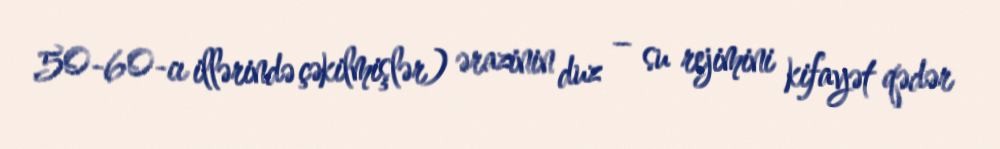
50-60-cı illərində çəkilmişlər) ərazinin duz – su rejimini kifayət qədər